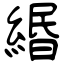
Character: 緡